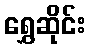
ရွှေဆိုင်း